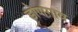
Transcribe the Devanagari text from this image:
डोणगाव